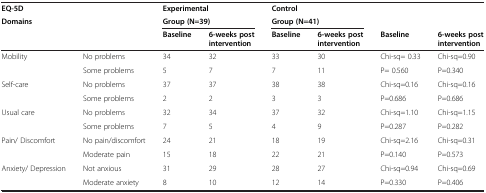
<table><thead><tr><td><b>EQ-5D</b></td><td><b> </b></td><td colspan="2"><b>Experimental</b></td><td colspan="2"><b>Control</b></td><td colspan="2"><b> </b></td></tr><tr><td colspan="2"><b>Domains</b></td><td colspan="2"><b>Group (N=39)</b></td><td colspan="2"><b>Group (N=41)</b></td><td><b> </b></td><td><b> </b></td></tr><tr><td><b> </b></td><td><b> </b></td><td><b>Baseline</b></td><td><b>6-weeks post intervention</b></td><td><b>Baseline</b></td><td><b>6-weeks post intervention</b></td><td><b>Baseline</b></td><td><b>6-weeks post intervention</b></td></tr></thead><tbody><tr><td>Mobility</td><td>No problems</td><td>34</td><td>32</td><td>33</td><td>30</td><td>Chi-sq= 0.33</td><td>Chi-sq=0.90</td></tr><tr><td> </td><td>Some problems</td><td>5</td><td>7</td><td>7</td><td>11</td><td>P= 0.560</td><td>P=0.340</td></tr><tr><td>Self-care</td><td>No problems</td><td>37</td><td>37</td><td>38</td><td>38</td><td>Chi-sq=0.16</td><td>Chi-sq=0.16</td></tr><tr><td> </td><td>Some problems</td><td>2</td><td>2</td><td>3</td><td>3</td><td>P=0.686</td><td>P=0.686</td></tr><tr><td>Usual care</td><td>No problems</td><td>32</td><td>34</td><td>37</td><td>32</td><td>Chi-sq=1.10</td><td>Chi-sq=1.15</td></tr><tr><td> </td><td>Some problems</td><td>7</td><td>5</td><td>4</td><td>9</td><td>P=0.287</td><td>P=0.282</td></tr><tr><td>Pain/ Discomfort</td><td>No pain/discomfort</td><td>24</td><td>21</td><td>18</td><td>19</td><td>Chi-sq=2.16</td><td>Chi-sq=0.31</td></tr><tr><td> </td><td>Moderate pain</td><td>15</td><td>18</td><td>22</td><td>21</td><td>P=0.140</td><td>P=0.573</td></tr><tr><td>Anxiety/ Depression</td><td>Not anxious</td><td>31</td><td>29</td><td>28</td><td>27</td><td>Chi-sq=0.94</td><td>Chi-sq=0.69</td></tr><tr><td> </td><td>Moderate anxiety</td><td>8</td><td>10</td><td>12</td><td>14</td><td>P=0.330</td><td>P=0.406</td></tr></tbody></table>